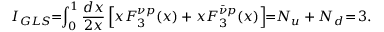
I _ { G L S } \! \! = \! \! \int _ { 0 } ^ { 1 } \frac { d x } { 2 x } \left[ x F _ { 3 } ^ { \nu p } ( x ) + x F _ { 3 } ^ { \bar { \nu } p } ( x ) \right] \! \! = \! \! N _ { u } + N _ { d } \! = \! 3 .